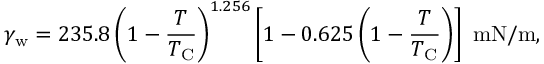
\gamma _ { \mathrm { w } } = 2 3 5 . 8 \left( 1 - { \frac { T } { T _ { \mathrm { C } } } } \right) ^ { 1 . 2 5 6 } \left[ 1 - 0 . 6 2 5 \left( 1 - { \frac { T } { T _ { \mathrm { C } } } } \right) \right] ~ { \mathrm { m N / m } } ,